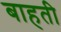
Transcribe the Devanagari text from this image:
बाहती